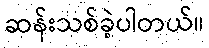
ဆန်းသစ်ခဲ့ပါတယ်။